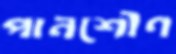
পানশৌণ